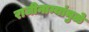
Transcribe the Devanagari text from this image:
राजीनाम्यांमुळे